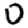
Digit: 0